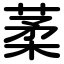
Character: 葇